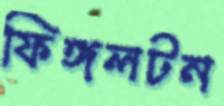
ফিঙ্গলটন